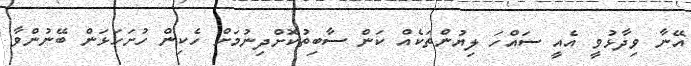
އޭނާ ވިދާޅުވީ އެއީ ސައްހަ ލިޔުންތަކެއް ކަން ސާބިތުކޮށްދިނުމަށް ހެކިން ހުށަހަޅަން ބޭނުންވާ